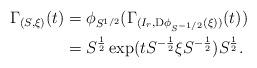
LaTeX: \begin{align*}\Gamma_{(S,\xi)}(t) &= \phi_{S^{1/2}} (\Gamma_{(I_r, {\rm D}\phi_{S^{-1/2}}(\xi) )} (t)) \\&= S^{\frac{1}{2}} \exp (t S^{-\frac{1}{2}} \xi S^{-\frac{1}{2}} ) S^{\frac{1}{2}}.\end{align*}